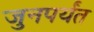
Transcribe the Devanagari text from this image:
जुनपर्यंत